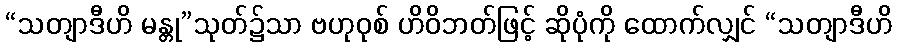
“သတျာဒီဟိ မန္တု”သုတ်၌သာ ဗဟုဝုစ် ဟိဝိဘတ်ဖြင့် ဆိုပုံကို ထောက်လျှင် “သတျာဒီဟိ